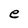
Character: e